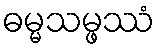
ဓမ္မသမ္ဖဿံ